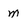
Character: m